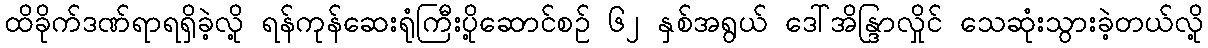
ထိခိုက်ဒဏ်ရာရရှိခဲ့လို့ ရန်ကုန်ဆေးရုံကြီးပို့ဆောင်စဉ် ၆၂ နှစ်အရွယ် ဒေါ်အိန္ဒြာလှိုင် သေဆုံးသွားခဲ့တယ်လို့